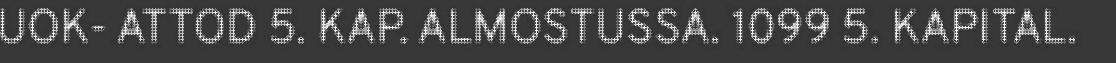
UOK- ATTOD 5. KAP. ALMOSTUSSA. 1099 5. KAPITAL.